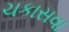
ચકાસવા